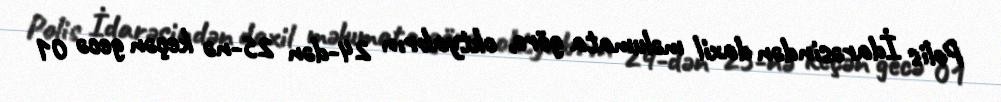
Polis İdarəsindən daxil məlumata görə, oktyabrın 24-dən 25-nə keçən gecə 01